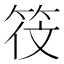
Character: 𬔻